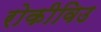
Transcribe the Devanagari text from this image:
रोकीविउ